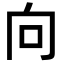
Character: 向